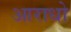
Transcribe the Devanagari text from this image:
आराधो